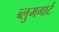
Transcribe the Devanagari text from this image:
ब्लुमगार्ट